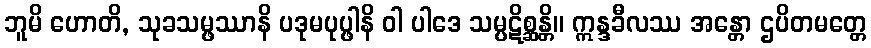
ဘူမိ ဟောတိ, သုခသမ္ဖဿာနိ ပဒုမပုပ္ဖါနိ ဝါ ပါဒေ သမ္ပဋိစ္ဆန္တိ။ ဣန္ဒခီလဿ အန္တော ဌပိတမတ္တေ